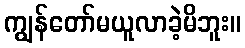
ကျွန်တော်မယူလာခဲ့မိဘူး။